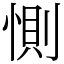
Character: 惻